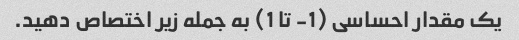
یک مقدار احساسی (1- تا 1) به جمله زیر اختصاص دهید.